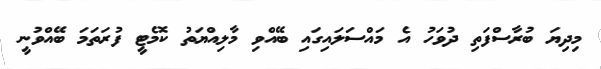
މިދިޔަ ބުރާސްފަތި ދުވަހު އެ މައްސަލައިގައި ބޭއްވި މާލިއްޔަތު ކޮމެޓީ ފުރަތަމަ ބޭއްވުނީ